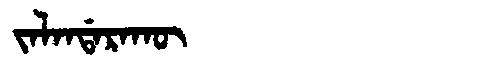
Manchu: ᠵᠠᠯᠠᠨᡩᠠᡵᠠᡴᡡ
Romanization: JALANDARAKŪ